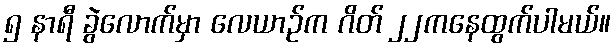
၅ နာရီ ခွဲလောက်မှာ လေယာဉ်က ဂိတ် ၂၂ကနေထွက်ပါမယ်။